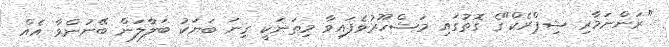
"ރަންނަމާރި ޝިޕްރެކް"ގެ ގޮތުގައި މަޝްހޫރުވެފައިވާ މިތަނަކީ ގިނަ ބަޔަކު ބަލާލަން ބޭނުންވާ އެއް